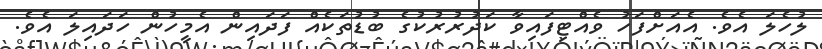
ލުހެލަ އެވެ. އެއަށްފަހު ވެއްޓިފައިވާ ކަދުރުރުކުގެ ބުޑުތަކެއް ފަދައިން އެމީހުން ހަދައިލަ އެވެ.